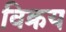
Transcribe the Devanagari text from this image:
विक्रय